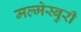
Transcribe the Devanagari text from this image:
मल्मेस्बुरी